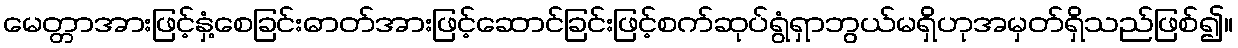
မေတ္တာအားဖြင့်နှံ့စေခြင်းဓာတ်အားဖြင့်ဆောင်ခြင်းဖြင့်စက်ဆုပ်ရွံရှာဘွယ်မရှိဟုအမှတ်ရှိသည်ဖြစ်၍။